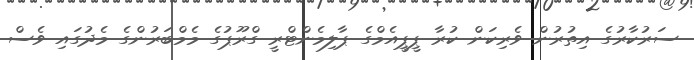
ސަރުކާރުގެ އިތުރުން ވެރިކަން ކުރާ ޕީޕީއެމްގެ ޕާލިމެންޓްރީ ގްރޫޕުގެ މެމްބަރުންގެ މެދުގައި ވެސް